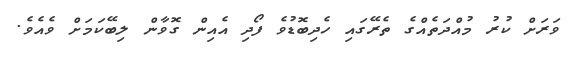
ވަރަށް ކުރު މުއްދަތެއްގެ ތެރޭގައި ހެދިބޮޑުވެ ފޯދި އެއިން ގޮވާން ލިބޭކަމަށް ވެއެވެ.